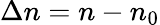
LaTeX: \Delta n=n-n_{0}